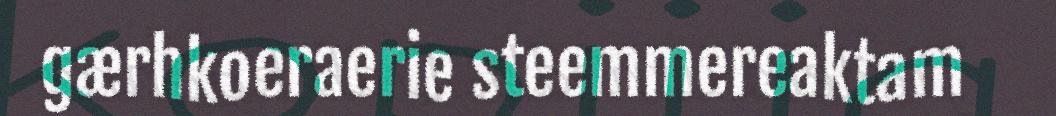
gærhkoeraerie steemmereaktam